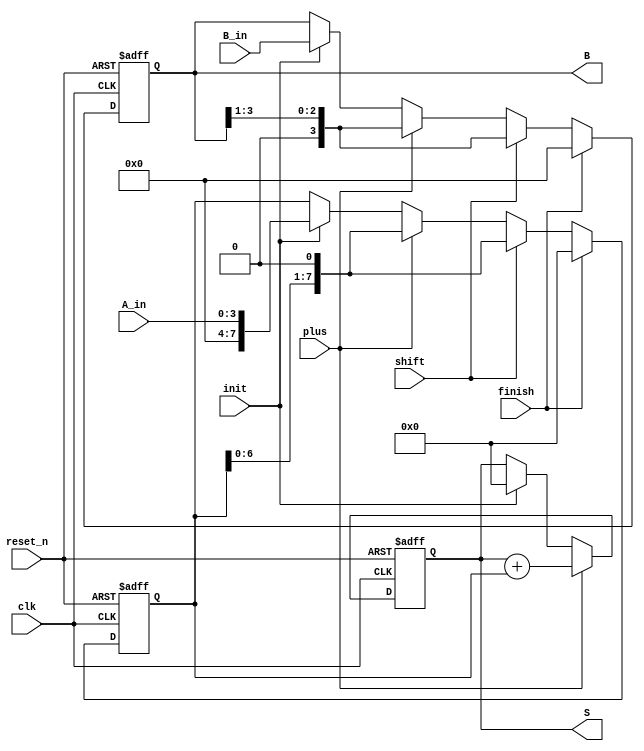
module mult4bit_datapath #(parameter N = 4) (
  input                clk    ,
  input                reset_n,
  input      [N-1:0]   A_in   ,
  input      [N-1:0]   B_in   ,
  input                init   ,
  input                plus   ,
  input                shift  ,
  input                finish ,
  output reg [N-1:0]   B      ,
  output reg [2*N-1:0] S      
  );
  reg [2*N-1:0] A;

  always @(posedge clk, negedge reset_n) begin
    if(!reset_n) begin
      A <= 0;
      B <= 0;
      S <= 0;
    end
    else begin
      if(init) begin
        A <= {{N{1'b0}}, A_in};
        B <= B_in;
        S <= 0;
      end
      if(plus) begin
        S <= S + A;
        A <= A << 1;
        B <= B >> 1;
      end
      if(shift) begin
        A <= A << 1;
        B <= B >> 1;
      end
      if(finish) begin
        A <= 0;
        B <= 0;
      end
    end
  end
endmodule